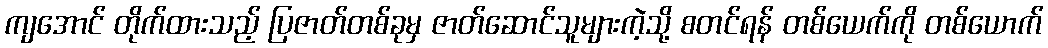
ကျအောင် တိုက်ထားသည့် ပြဇာတ်တစ်ခုမှ ဇာတ်ဆောင်သူများကဲ့သို့ စတင်ရန် တစ်ယေက်ကို တစ်ယောက်